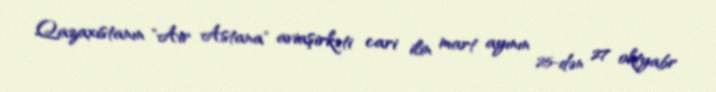
Qazaxıstanın "Air Astana" aviaşirkəti cari ilin mart ayının 25-dən 27 oktyabr